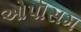
ઓપૉસમ